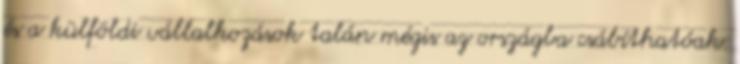
és a külföldi vállalkozások talán mégis az országba csábíthatóak.